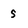
Character: S